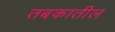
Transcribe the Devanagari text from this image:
तबकातील